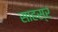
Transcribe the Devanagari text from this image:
साहस्र